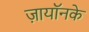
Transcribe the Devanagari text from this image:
ज़ायॉनके